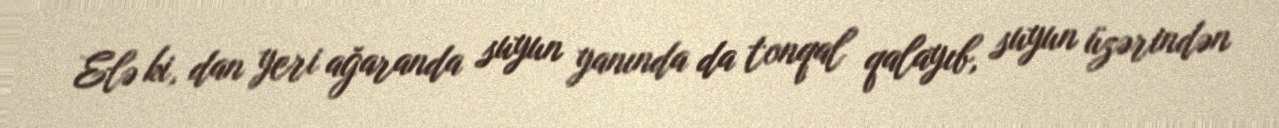
Elə ki, dan yeri ağaranda suyun yanında da tonqal qalayıb, suyun üzərindən